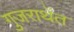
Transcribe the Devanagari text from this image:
गुजराथेंत